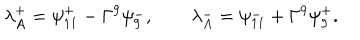
LaTeX: { \lambda _ { A } ^ { + } = \psi _ { 1 1 } ^ { + } - \Gamma ^ { 9 } \psi _ { 9 } ^ { - } , \qquad \lambda _ { A } ^ { - } = \psi _ { 1 1 } ^ { - } + \Gamma ^ { 9 } \psi _ { 9 } ^ { + } . }